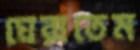
ঘেরাতেম